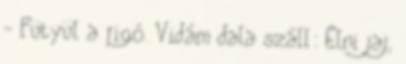
- Fütyül a rigó. Vidám dala száll: Élni jaj,